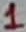
Text: 1